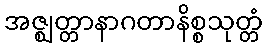
အဇ္ဈတ္တာနာဂတာနိစ္စသုတ္တံ